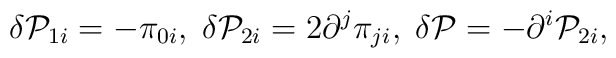
\delta {\cal P}_{1i}=-\pi _{0i},\;\delta {\cal P}_{2i}=2\partial ^j\pi_{ji},\;\delta {\cal P}=-\partial ^i{\cal P}_{2i},